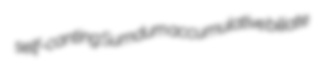
self-canting Sumdum accumulative biliate